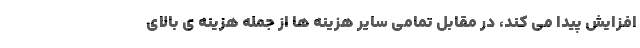
افزایش پیدا می کند، در مقابل تمامی سایر هزینه ها از جمله هزینه ی بالای